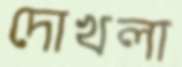
দোখলা